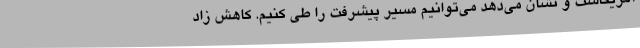
آمریکاست و نشان می‌دهد می‌توانیم مسیر پیشرفت را طی کنیم. کاهش زاد